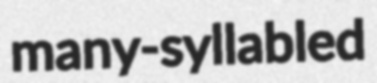
many-syllabled